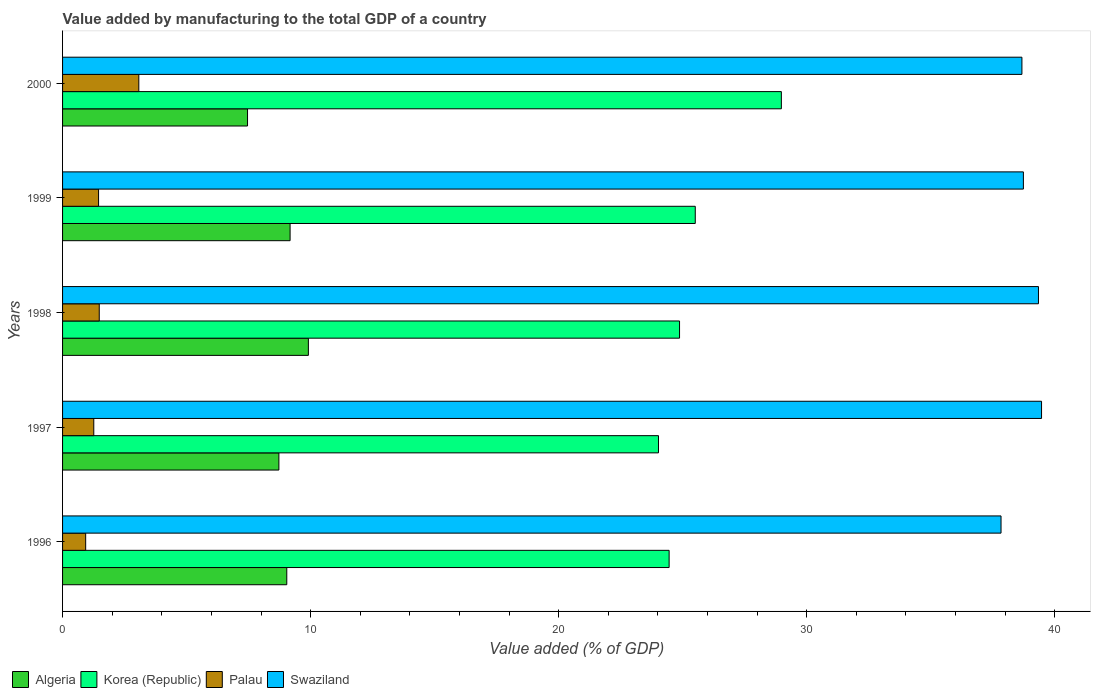
| Years | Algeria | Korea (Republic) | Palau | Swaziland |
 | --- | --- | --- | --- | --- |
 | 1996 | 9.04 | 24.5 | 0.932 | 37.8 |
 | 1997 | 8.72 | 24 | 1.26 | 39.5 |
 | 1998 | 9.91 | 24.9 | 1.48 | 39.3 |
 | 1999 | 9.17 | 25.5 | 1.45 | 38.7 |
 | 2000 | 7.46 | 29 | 3.07 | 38.7 |